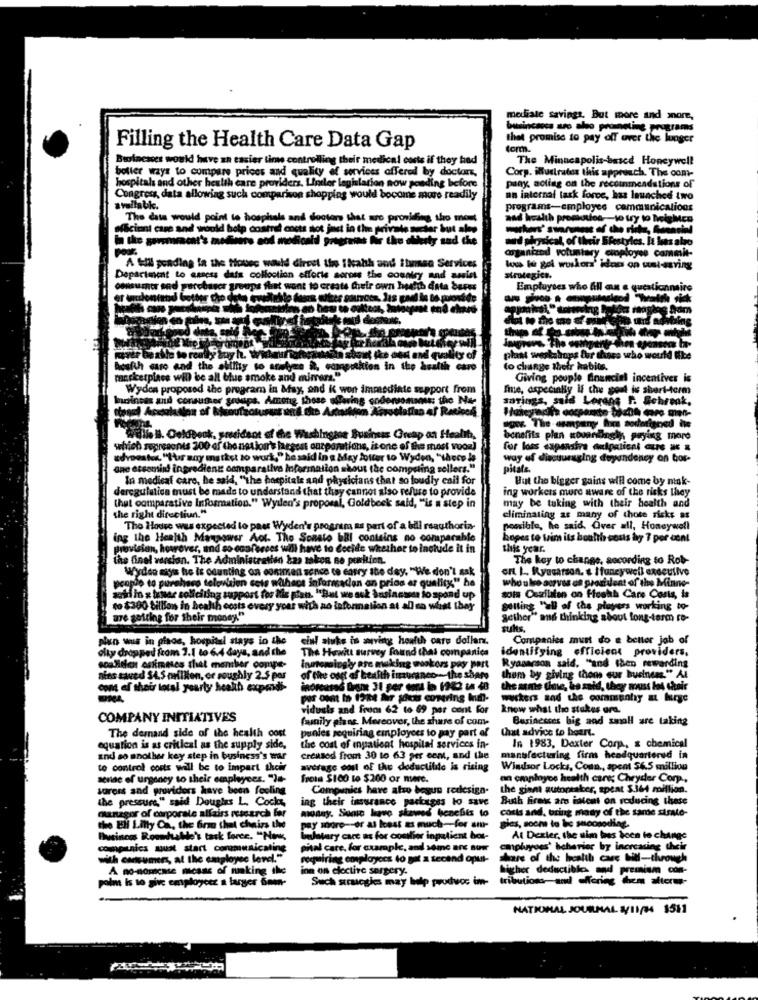
mediate savings, But more and more,
thet promise to pay off over the lunger
Filling the Health Care Data Gap
form.
Businesses would have an easier linw controlling their medical costs if they had
The Minneapolis-based Honeywell
botter ways to compare prices and quality of services offered by doctors,
Corp. illustratos this approach. The comt-
hospitals and other health care providers. Linder legislation now ponding before
paay acting on the recommendstions of
Congress, data allowing such comparison shopping would bocome more readily
an internal task force, has launched two
avullabk.
programs-employes communications
The date would point to hosphals and docters that are providing tho most
zad health promotion-to try to helyMen
Mciont care and would help costret costs atot just in the private sicher but shop
in the garemacht's medheirs cod medicaid programas fis the otherty sad che
aud playsical, of their Sfestyles. It has also
organized voluntary croployse commit-
A till pending ia the tiover would direet tie ihealth and itumsa Services
loss le gol woskors' idon on uslesving
Department to enness data collection efforts soross the country and aus
strategica.
omsumner and purchaser groups fhat want to create their own health Cinta beres
Employees who fill an e questionnaire
ver be able to really soy h. Wil
lity of
plast workshops fur thers who would Ike
health muro and the ability to anetyes a, competition in the de
uth caro
to change their habits.
marketplace will be all blue smoke and mimers."
Giving people financial incentiver is
Wyden proposed the program in May, and K won immediate support from
fie, aspecially if the goal is short-term
bosiness and consuther groups. Among those of
# the Na-
savings, said Lorens F. Sebreak,
ogws The asmpany has aoderigned hte
WEB. Oeldbock, president of the Washingane Business Greap on Health,
benefits plan Kovendingth paying more
which represents 200 of the net kour's largest oazporations, is one of the most vooal
for loss capanstra aufpatient dure = x
advocates. "Hur any matket to work," he said in a bday fotter to Wyden, "theco le
way of discouraging dependency on bor-
ane eccomind ingredients comparative Information shous the computing sellers."
pitale.
In medical care, he said, "the hospitals and physicians that so loudly cail for
But the bigger gains will come by mak-
deregulation must be made to understand that they cannot also refuse to provide
ing workers more aware of the risks they
(hut comparative Information." Wyilen's proposal, Goldbeck said, "is a step in
may be tuking with their health and
the right direction."
eliminating as many of those ricks as
The House was expected to paer Wyden's program as part of a bill rsauthoris-
possible, he said. Over all, Honeywell
ing the Health Manpower Aot. The Sonsto bBI contains no comparable
hopes to tim its hoalth sous hy 7 por cont
provision, however, and so conferces will have to decide whether to inchide it in
this year.
the final version. The Administration kas maken ne portion.
The key to change, according to Rob-
art. 1 .. Ryucarson. & Ifancywell executivo
Wydao mys he is odunting on comumen sonce to carry the dey, "We don't sak
who also serves on president of the Minne-
people to purahaco television se
wtien sets withecs informaden an prios ar quality" he
ausi in s tuner soliciting support for le plan. "But we ask business do spond up
sots Casilatan on floskh Care Costs, is
to $300 billion in health costs every year with no information at all so what they
Selling "all of the players working to-
are getting for their money"
Sether" and thinking about long-term co-
juhs.
plan wus in piaos, hospital stays in the
cinl atuke in anving health care dollars.
Companies must do a better job of
olty dropped from 3.1 to 6.4 days, and the
The Hewitt survey found that companies
identifying efficient providers,
coalition estimates that member compe-
Innowsingly are making workers pay part
Ryasarson said. "and then rewarding
nins saved $4.5 million, or roughly 2.5 por
oset of health insurance -- the share
them by giving thoms our business." Al
com of their total yearly health expendi-
the same time, he said, they muss los their
por ount in 1984 Nr souss comering Ium-
workers sad the communty a large
viduals and from 62 to 69 per cent for
know what tho stukes ord.
COMPANY INITIATIVES
family plane. Moreover, the share of com-
Businesses big and small are taking
The demand side of the health oost
punles requiring employees to pay part of
that advice to beart.
equation is as critical as the supply side,
the cost of inpatient hospital services in-
In 1983, Daxter Corp ., & chemical
and so another key step in business's wilt
Creased fromt 30 to 63 per cent, and the
manufacturing firm headquartered in
to control corts will be to impart their
average cost of the deductilite is rising
Windsor Locks, Coun ., spent $6.5 million
sense of urgency to their employees. ")e-
Trois $100 to $200 or more.
on cmployos health care; Chryder Corp .,
sorors and providers have been feeling
Companies have also begun redesign-
the giant autopkaker, speat $364 million.
the pressure," said Douglas L. Cocks,
ing their insurance packages to save
Buth Fires aro intent on reducing these
mossy. Some have skewed benefits to
cotis and, bring many of the same strate-
manager of corporate affairs research for
the Eli Lilly Ca, the frm that chairs the
Pay more -- or at least as much for am-
Business Roundshe's task force. "Non,
bulwary care as for comlior inpatient her-
At Dealer, the aim has been to change
compunics mux start communicating
pital care, for cuarplc, and some are sur
caphuyues' behavior by increasing their
with outumers, at the employee lere."
requiring cosplayers to get a tecand opul-
hars of the health care bill-through
A no-nomiche micsss of making the
inn on eloctive surgery.
higher deductibles and premium con-
palm is to give employeez a larger 6non-
Such strucgies may help prudvos im-
Such strucgies may help produoc im- tributions-and offering them afterw-
NATIONAL JOURNAL 3/11/34 1511